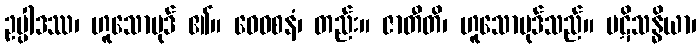
ဥပ္ပါဒဿ၊ ဟူသောပုဒ် ၏။ ဝေဝစနံ၊ တည်း။ ဇာတီတိ၊ ဟူသောပုဒ်သည်။ ပဋိသန္ဓိယာ၊